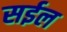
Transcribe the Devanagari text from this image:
सईल